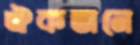
ঐকতানে